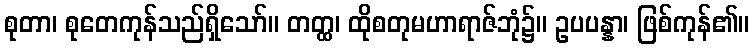
စုတာ၊ စုတေကုန်သည်ရှိသော်။ တတ္ထ၊ ထိုစတုမဟာရာဇ်ဘုံ၌။ ဥပပန္နာ၊ ဖြစ်ကုန်၏။